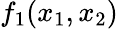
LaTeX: f_{1}(x_{1},x_{2})